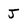
Character: J